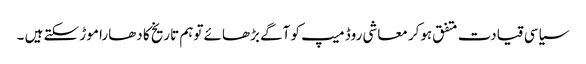
سیاسی قیادت متفق ہوکر معاشی روڈ میپ کو آگے بڑھائے توہم تاریخ کا دھارا موڑ سکتے ہیں ۔